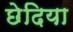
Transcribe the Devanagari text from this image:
छेदिया